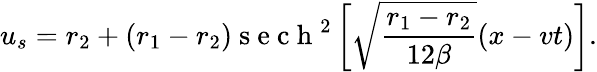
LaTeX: u_{s}=r_{2}+(r_{1}-r_{2})\mathrm{~s~e~c~h~}^{2}\left[\sqrt{\frac{r_{1}-r_{2}}{12\beta}}(x-vt)\right].